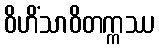
ဝိဟိံသာဝိတက္ကဿ